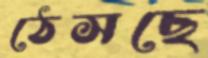
ঠেসছে